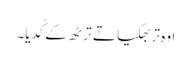
اوہ تربھکیا تے ترٹھ کے کُدیا۔